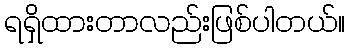
ရရှိထားတာလည်းဖြစ်ပါတယ်။